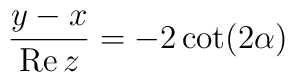
\frac{y-x}{\mbox{Re} \, z} = - 2 \cot (2\alpha )